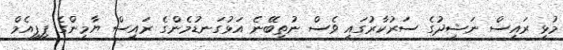
މުޅި ރައީސް ނަޝީދުގެ ސަރުކާރުގައި ވެސް ނުތިބޭނެ އަޅުގަނޑުމެންގެ ރައީސް ޔާމީންގެ ޕީޕީއެމް